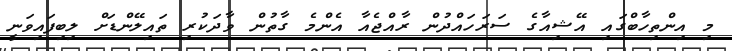
މި އިންތިހާބްގައި އޭޝިއާގެ ސަރަހައްދުން ރާއްޖެއާ އެންމެ ގާތުން ވާދަކުރި ތައިލޭންޑަށް ލިބިފައިވަނީ